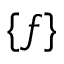
\{ f \}